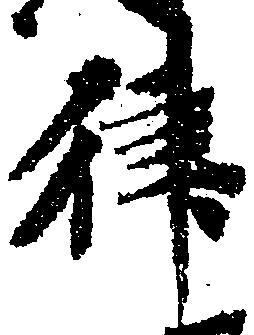
律